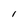
Character: l